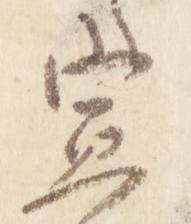
宣